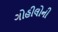
ગોહીલોની